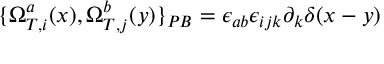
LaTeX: \{ \Omega _ { T , i } ^ { a } ( x ) , \Omega _ { T , j } ^ { b } ( y ) \} _ { P B } = \epsilon _ { a b } \epsilon _ { i j k } \partial _ { k } \delta ( x - y )